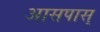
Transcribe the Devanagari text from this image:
आसपास्